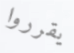
يقرروا